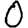
Digit: 0